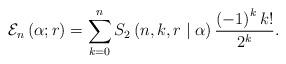
LaTeX: \begin{align*}\mathcal{E}_{n}\left( \alpha;r\right) =\sum_{k=0}^{n}S_{2}\left(n,k,r\mid\alpha\right) \frac{\left( -1\right) ^{k}k!}{2^{k}}. \end{align*}